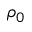
\rho _ { 0 }